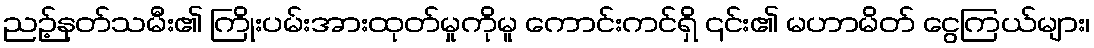
ညဉ့်နတ်သမီး၏ ကြိုးပမ်းအားထုတ်မှုကိုမူ ကောင်းကင်ရှိ ၎င်း၏ မဟာမိတ် ငွေကြယ်များ၊